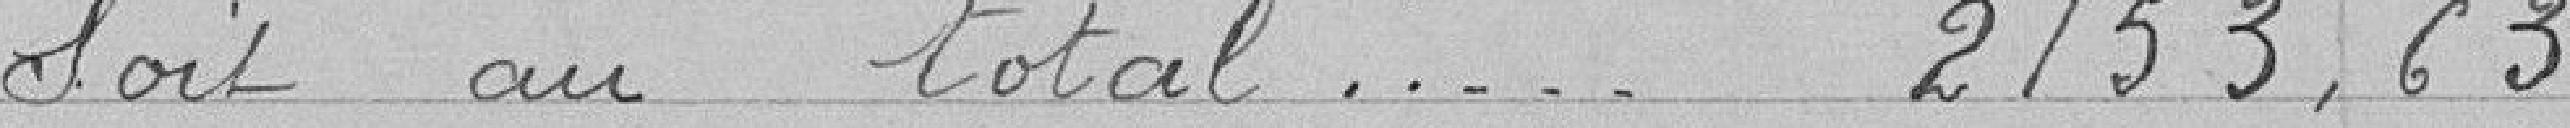
Soit au total 2153,63